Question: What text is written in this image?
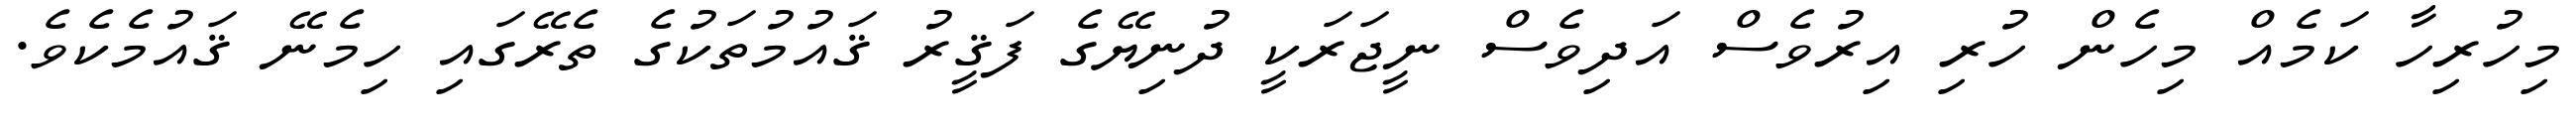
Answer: މިހުރިހާ ކަމެއް މިހެން ހުރި އިރުވެސް އަދިވެސް ނީޖަރަކީ ދުނިޔޭގެ ފަޤީރު ޤައުމުތަކުގެ ތެރޭގައި ހިމެނޭ ޤައުމެކެވެ.